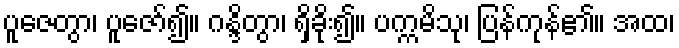
ပူဇေတွာ၊ ပူဇော်၍။ ဂန္ဒိတွာ၊ ရှိခိုး၍။ ပက္ကမိသု၊ ပြန်ကုန်၏။ အထ၊